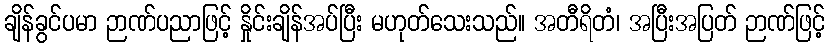
ချိန်ခွင်ပမာ ဉာဏ်ပညာဖြင့် နှိုင်းချိန်အပ်ပြီး မဟုတ်သေးသည်။ အတီရိတံ၊ အပြီးအပြတ် ဉာဏ်ဖြင့်